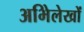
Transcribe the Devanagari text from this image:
अभिेलेखों